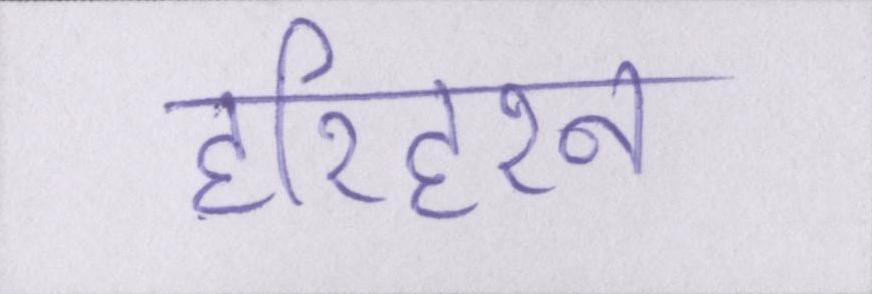
हरिहरन